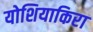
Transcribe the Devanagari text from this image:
योशियाकिरा